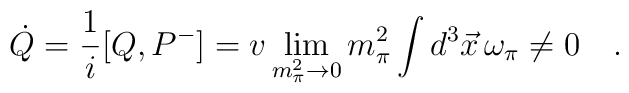
\dot{Q}=\frac{1}{i}[Q, P^-]=v \lim_{m_{\pi}^2\rightarrow 0} m_{\pi}^2\int d^3\vec{x}\, \omega_{\pi}\neq 0\quad.